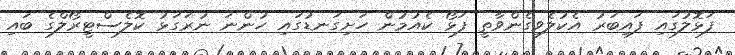
ފަޅޮލުގައި ފައިބަރު އެކުލެވިގެންވާތީ ފަޅޯ ކެއުމުން ހަށިގަނޑުގައި ހުންނަ ނުރަގަޅު ކޮލެސްޓީރޯލްގެ ބައި